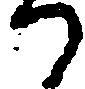
か